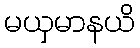
မယှမာနယိ